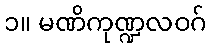
၁။ မဏိကုဏ္ဍလဝဂ်